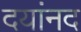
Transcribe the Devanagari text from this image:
दयांनद